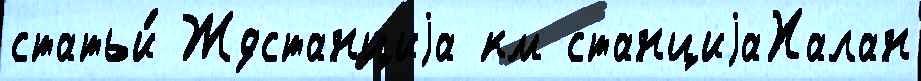
статьи́ Ждстанциjа км станциjаХалан